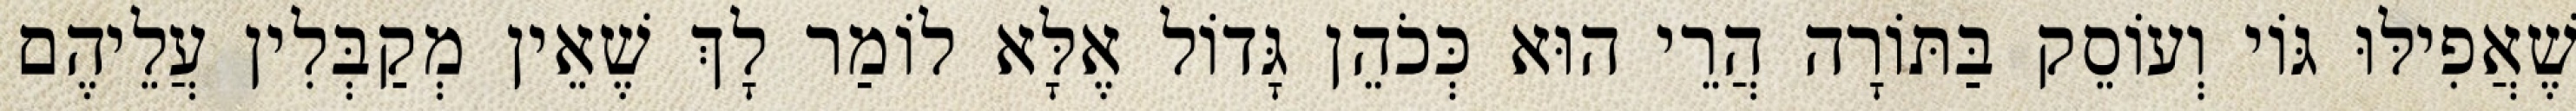
שֶׁאֲפִילּוּ גּוֹי וְעוֹסֵק בַּתּוֹרָה הֲרֵי הוּא כְּכֹהֵן גָּדוֹל אֶלָּא לוֹמַר לָךְ שֶׁאֵין מְקַבְּלִין עֲלֵיהֶם